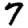
Digit: 7